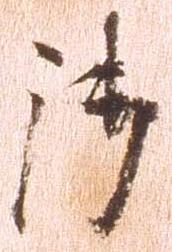
御